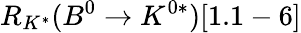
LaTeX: R_{K^{*}}(B^{0}\to K^{0*})[1.1-6]